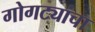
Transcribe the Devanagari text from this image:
गोगट्यांचा